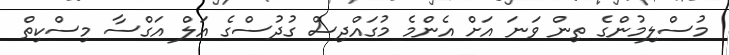
މުސްލިމުންގެ ތިން ވަނަ އަށް އެންމެ މުގައްދިސް ގުދުސްގެ އަލް އަގްސާ މިސްކިތް